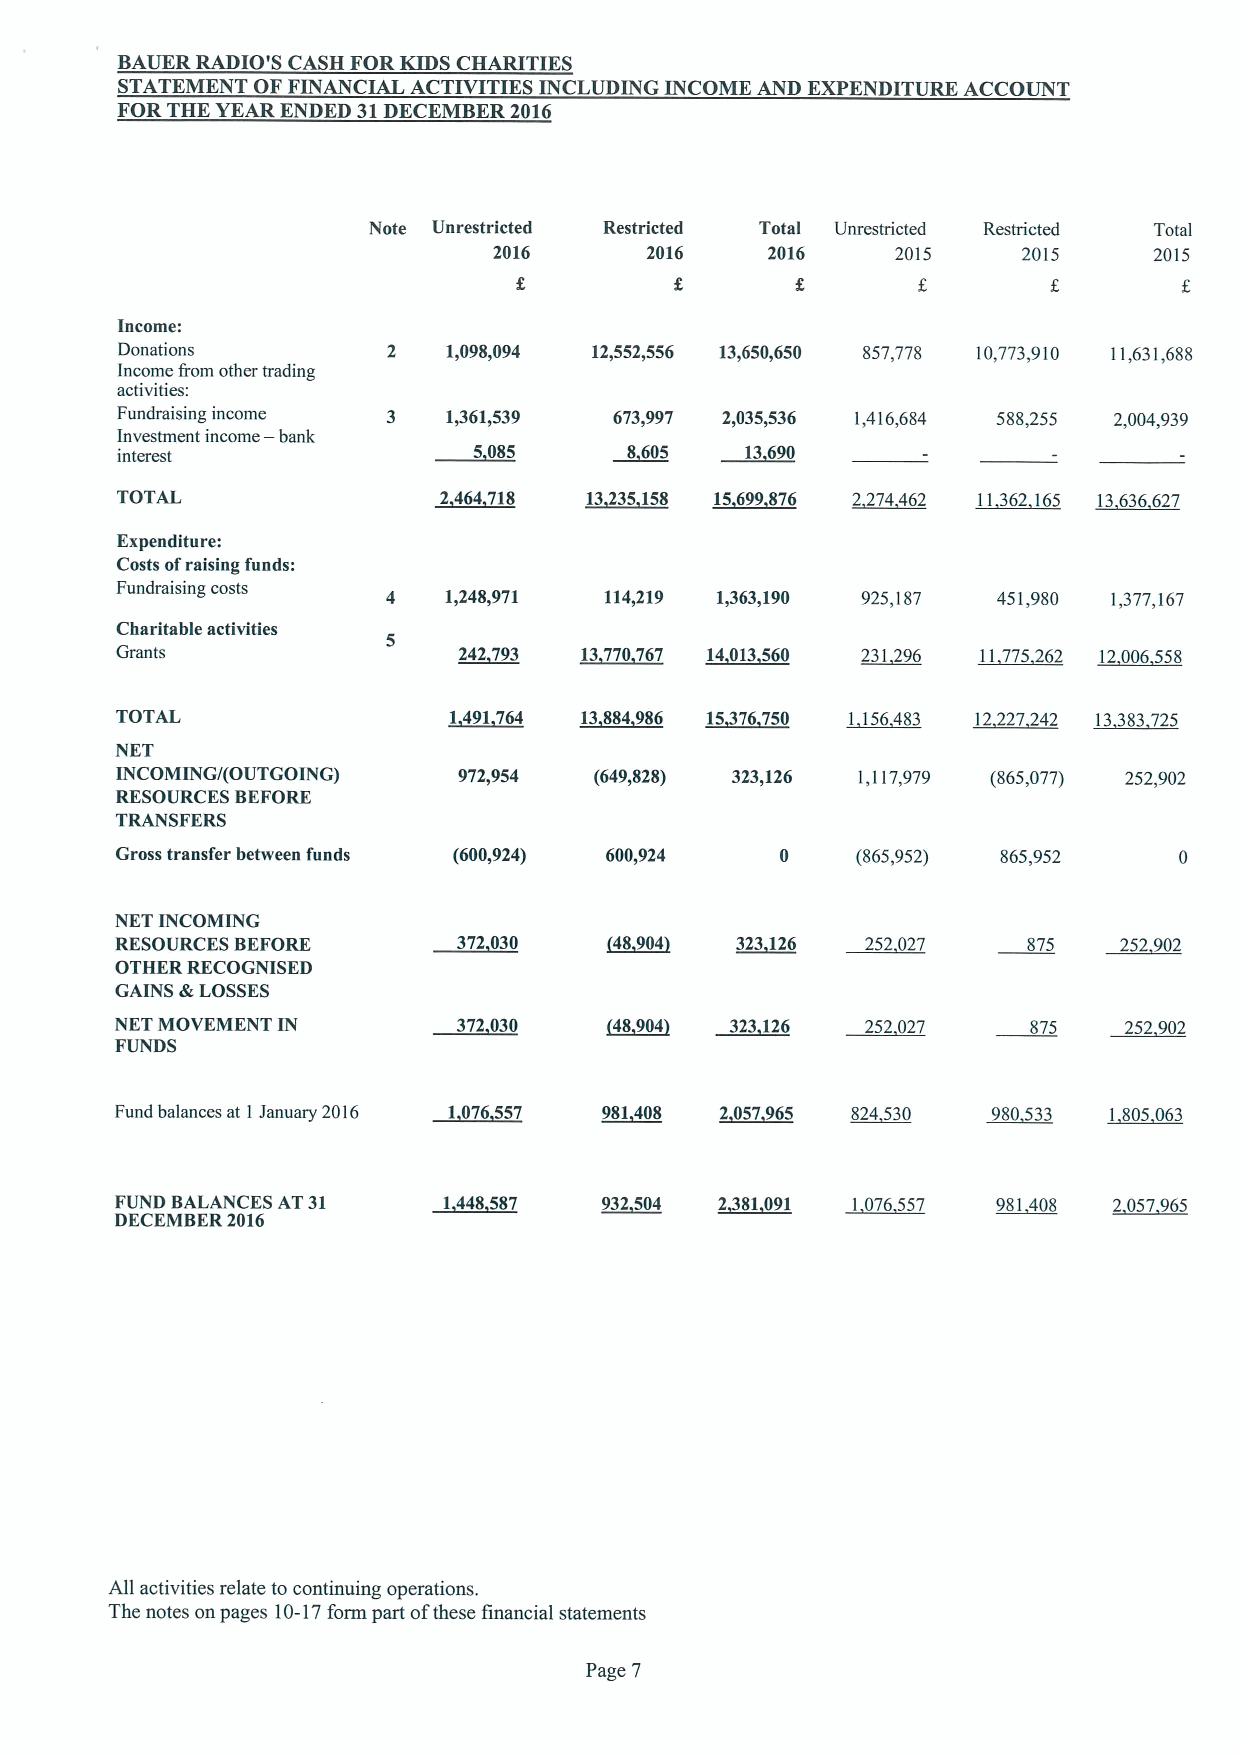
BAUER RADIO'S CASH FORKIDS CHARITIES
 STATEMENT OF FINANCIAL ACTIVITIES INCLUDING INCOME AND EXPENDITURE ACCOUNT
 FORTHE YEAR ENDED 31DECEMBER2016
 Note Unrestricted Restricted Total Unrestricted Restricted Total
 2016      2016    2016    2015     2015    2015
 Income:
 Donations         2   1,098,094 12,552,556 13,650,650 857,778 10,773,910 11,631,688
 Income from other trading
 activities:
 Fundraising income 3  1,361,539  673,997 2,035,536 1,416,684 588,255 2,004,939
 —
 Investment income bank
 interest               5085       8605   13690
 TOTAL                2464710   13235150 15699876 2274462 11362 165 13636627
 Expenditure:
 Costs ofraising funds:
 Fundraising costs
 4  1,248,971  114,219 1,363,190 925,187 451,980 1,377,167
 Charitable activities
 5
 Grants                242 793 13770767 14013560  231 296 11775 262 12006558
 TOTAL                 1491764 13084986 ~25 76750 1 156483 12227242 13383725
 NET
 INCOMING/(OUTGOING)   972,954  (649,828) 323,126 1,117,979 (865,077) 252,902
 RESOURCES BEFORE
 TRANSFERS
 Gross transfer between funds (600,924) 600,924   (865,952) 865,952
 NET INCOMING
 RESOURCES BEFORE      372030    ~40904   323126  252 027    875   252902
 OTHER RECOGNISED
 GAINS &LOSSES
 NET MOVEMENT IN       372030    ~40904  323126   252027     875   252 902
 FUNDS
 Fund balances at 1January 2016 1076557 901400 2057965 824530 980533 1 805 063
 F DU EN CD EMB BA ELA RN 2C 01E 6S AT31 1448507 932504 ~2 81091 1 076557 981408 2 057965
 All activities relate to continuing operations.
 The notes on pages 10-17form part ofthese financial statements
 Page 7